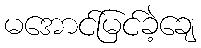
မအောင်မြင်ခဲ့ချေ